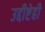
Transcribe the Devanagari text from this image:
उद्दीष्टेही